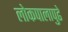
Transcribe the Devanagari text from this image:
लोकपालापुढे